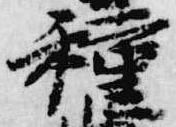
種